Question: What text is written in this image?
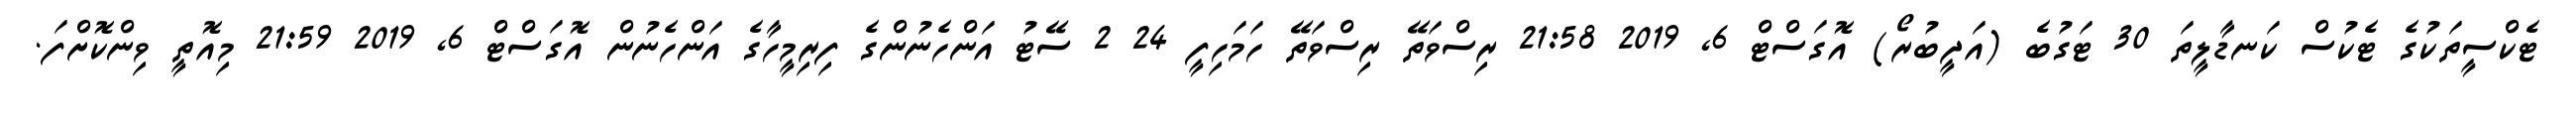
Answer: ޓެކްސީތަކުގެ ޓެކުސް ކަނޑާލީތަ 30 ޓަގުބެ (އަދީބުރޯ) އޮގަސްޓް 6, 2019 21:58 ރިސްވަތޭ ރިސްވަތޭ ހަމަހިފީ 24 2 ސޭޓު އަންހެނުންގެ ފިރިމީހާގެ އަންހެނުން އޮގަސްޓް 6, 2019 21:59 މިއޮތީ ވިންކޮށްފަ.